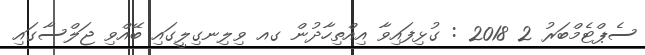
ސެޕްޓެމްބަރު 2 2018 : ގުޅިފައިވާ އިއްތިހާދުން ގއ ވިލިނގިލީގައި ބޭއްވި ޖަލްސާގައި